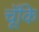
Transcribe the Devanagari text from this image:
चॅूकि